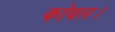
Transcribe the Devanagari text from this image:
कोयल।